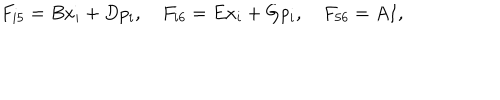
\hspace { 4 e m } F _ { i 5 } = B x _ { i } + D p _ { i } , \quad F _ { i 6 } = E x _ { i } + G p _ { i } , \quad F _ { 5 6 } = A I ,